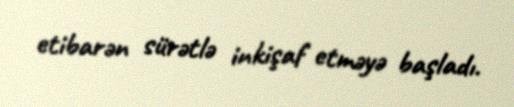
etibarən sürətlə inkişaf etməyə başladı.